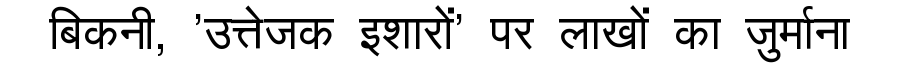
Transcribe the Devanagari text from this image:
बिकनी, 'उत्तेजक इशारों' पर लाखों का जुर्माना